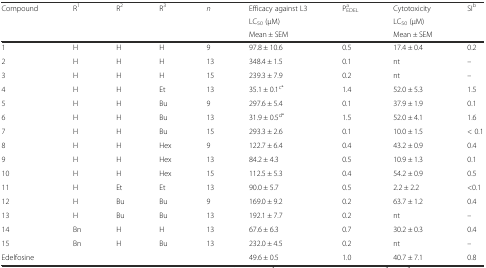
| Compound | R1 | R2 | R3 | n | Efficacy against L3 | PEDELa | Cytotoxicity | SIb |
 |  |  |  |  |  | LC50 (μM) |  | LC50 (μM) |  |
 |  |  |  |  |  | Mean ± SEM |  | Mean ± SEM |  |
 | --- | --- | --- | --- | --- | --- | --- | --- | --- |
 | 1 | H | H | H | 9 | 97.8 ± 10.6 | 0.5 | 17.4 ± 0.4 | 0.2 |
 | 2 | H | H | H | 13 | 348.4 ± 1.5 | 0.1 | nt | – |
 | 3 | H | H | H | 15 | 239.3 ± 7.9 | 0.2 | nt | – |
 | 4 | H | H | Et | 13 | 35.1 ± 0.1c* | 1.4 | 52.0 ± 5.3 | 1.5 |
 | 5 | H | H | Bu | 9 | 297.6 ± 5.4 | 0.1 | 37.9 ± 1.9 | 0.1 |
 | 6 | H | H | Bu | 13 | 31.9 ± 0.5d* | 1.5 | 52.0 ± 4.1 | 1.6 |
 | 7 | H | H | Bu | 15 | 293.3 ± 2.6 | 0.1 | 10.0 ± 1.5 | < 0.1 |
 | 8 | H | H | Hex | 9 | 122.7 ± 6.4 | 0.4 | 43.2 ± 0.9 | 0.4 |
 | 9 | H | H | Hex | 13 | 84.2 ± 4.3 | 0.5 | 10.9 ± 1.3 | 0.1 |
 | 10 | H | H | Hex | 15 | 112.5 ± 5.3 | 0.4 | 54.2 ± 0.9 | 0.5 |
 | 11 | H | Et | Et | 13 | 90.0 ± 5.7 | 0.5 | 2.2 ± 2.2 | <0.1 |
 | 12 | H | Bu | Bu | 9 | 169.0 ± 9.2 | 0.2 | 63.7 ± 1.2 | 0.4 |
 | 13 | H | Bu | Bu | 13 | 192.1 ± 7.7 | 0.2 | nt | – |
 | 14 | Bn | H | H | 13 | 67.6 ± 6.3 | 0.7 | 30.2 ± 0.3 | 0.4 |
 | 15 | Bn | H | Bu | 13 | 232.0 ± 4.5 | 0.2 | nt | – |
 | Edelfosine |  |  |  |  | 49.6 ± 0.5 | 1.0 | 40.7 ± 7.1 | 0.8 |